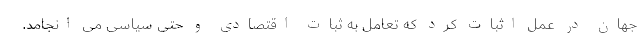
جهان در عمل اثبات کرد که تعامل به ثبات اقتصادی و حتی سیاسی می­ انجامد.